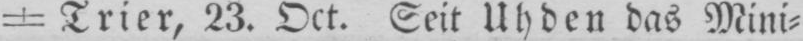
Trier, 23. Oct. Seit Uhden das Mini⸗